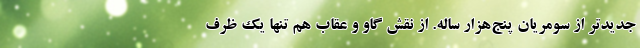
جدیدتر از سومریانِ پنج‌هزار ساله. از نقش گاو و عقاب هم تنها یک ظرف